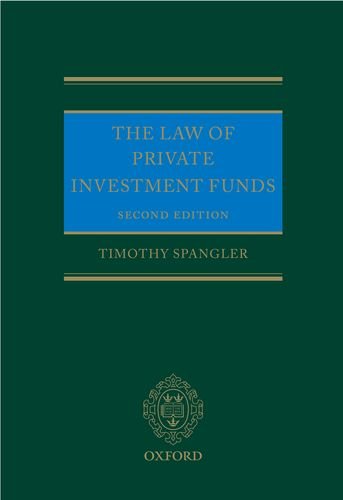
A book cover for The Law of Private Investment Funds; Timothy Spangler; Law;